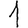
Digit: 1